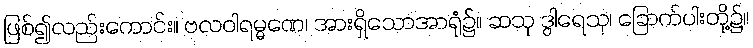
ဖြစ်၍လည်းကောင်း။ ဗလဝါရမ္မဏေ၊ အားရှိသောအာရုံ၌။ ဆသု ဒွါရေသု၊ ခြောက်ပါးတို့၌။